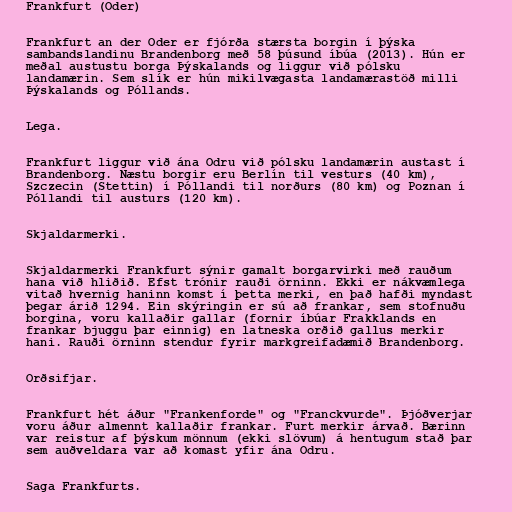
Frankfurt (Oder)

Frankfurt an der Oder er fjórða stærsta borgin í þýska
sambandslandinu Brandenborg með 58 þúsund íbúa (2013). Hún er
meðal austustu borga Þýskalands og liggur við pólsku
landamærin. Sem slík er hún mikilvægasta landamærastöð milli
Þýskalands og Póllands.

Lega.

Frankfurt liggur við ána Odru við pólsku landamærin austast í
Brandenborg. Næstu borgir eru Berlín til vesturs (40 km),
Szczecin (Stettin) í Póllandi til norðurs (80 km) og Poznan í
Póllandi til austurs (120 km).

Skjaldarmerki.

Skjaldarmerki Frankfurt sýnir gamalt borgarvirki með rauðum
hana við hliðið. Efst trónir rauði örninn. Ekki er nákvæmlega
vitað hvernig haninn komst í þetta merki, en það hafði myndast
þegar árið 1294. Ein skýringin er sú að frankar, sem stofnuðu
borgina, voru kallaðir gallar (fornir íbúar Frakklands en
frankar bjuggu þar einnig) en latneska orðið gallus merkir
hani. Rauði örninn stendur fyrir markgreifadæmið Brandenborg.

Orðsifjar.

Frankfurt hét áður "Frankenforde" og "Franckvurde". Þjóðverjar
voru áður almennt kallaðir frankar. Furt merkir árvað. Bærinn
var reistur af þýskum mönnum (ekki slövum) á hentugum stað þar
sem auðveldara var að komast yfir ána Odru.

Saga Frankfurts.